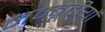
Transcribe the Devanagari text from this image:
नम्बूद्रीयों